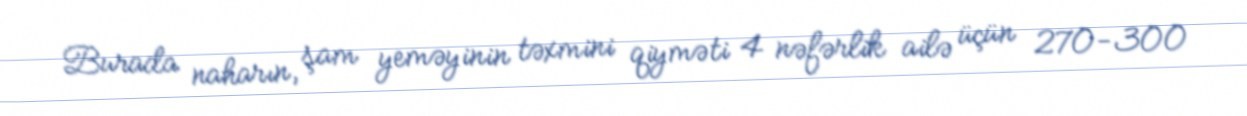
Burada naharın, şam yeməyinin təxmini qiyməti 4 nəfərlik ailə üçün 270-300